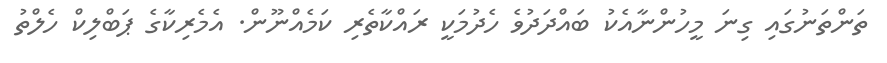
ތަންތަނުގައި ގިނަ މީހުންނާއެކު ބައްދަދުވެ ހެދުމަކީ ރައްކާތެރި ކަމެއްނޫން. އެމެރިކާގެ ޕަބްލިކް ހެލްތު